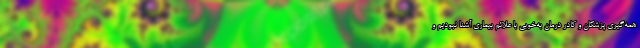
همه‌گیری پزشکان و کادر درمان به‌خوبی با علائم بیماری آشنا نبودیم و